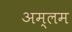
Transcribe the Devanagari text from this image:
अम्लम